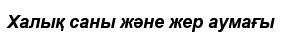
Халық саны жəне жер аумағы